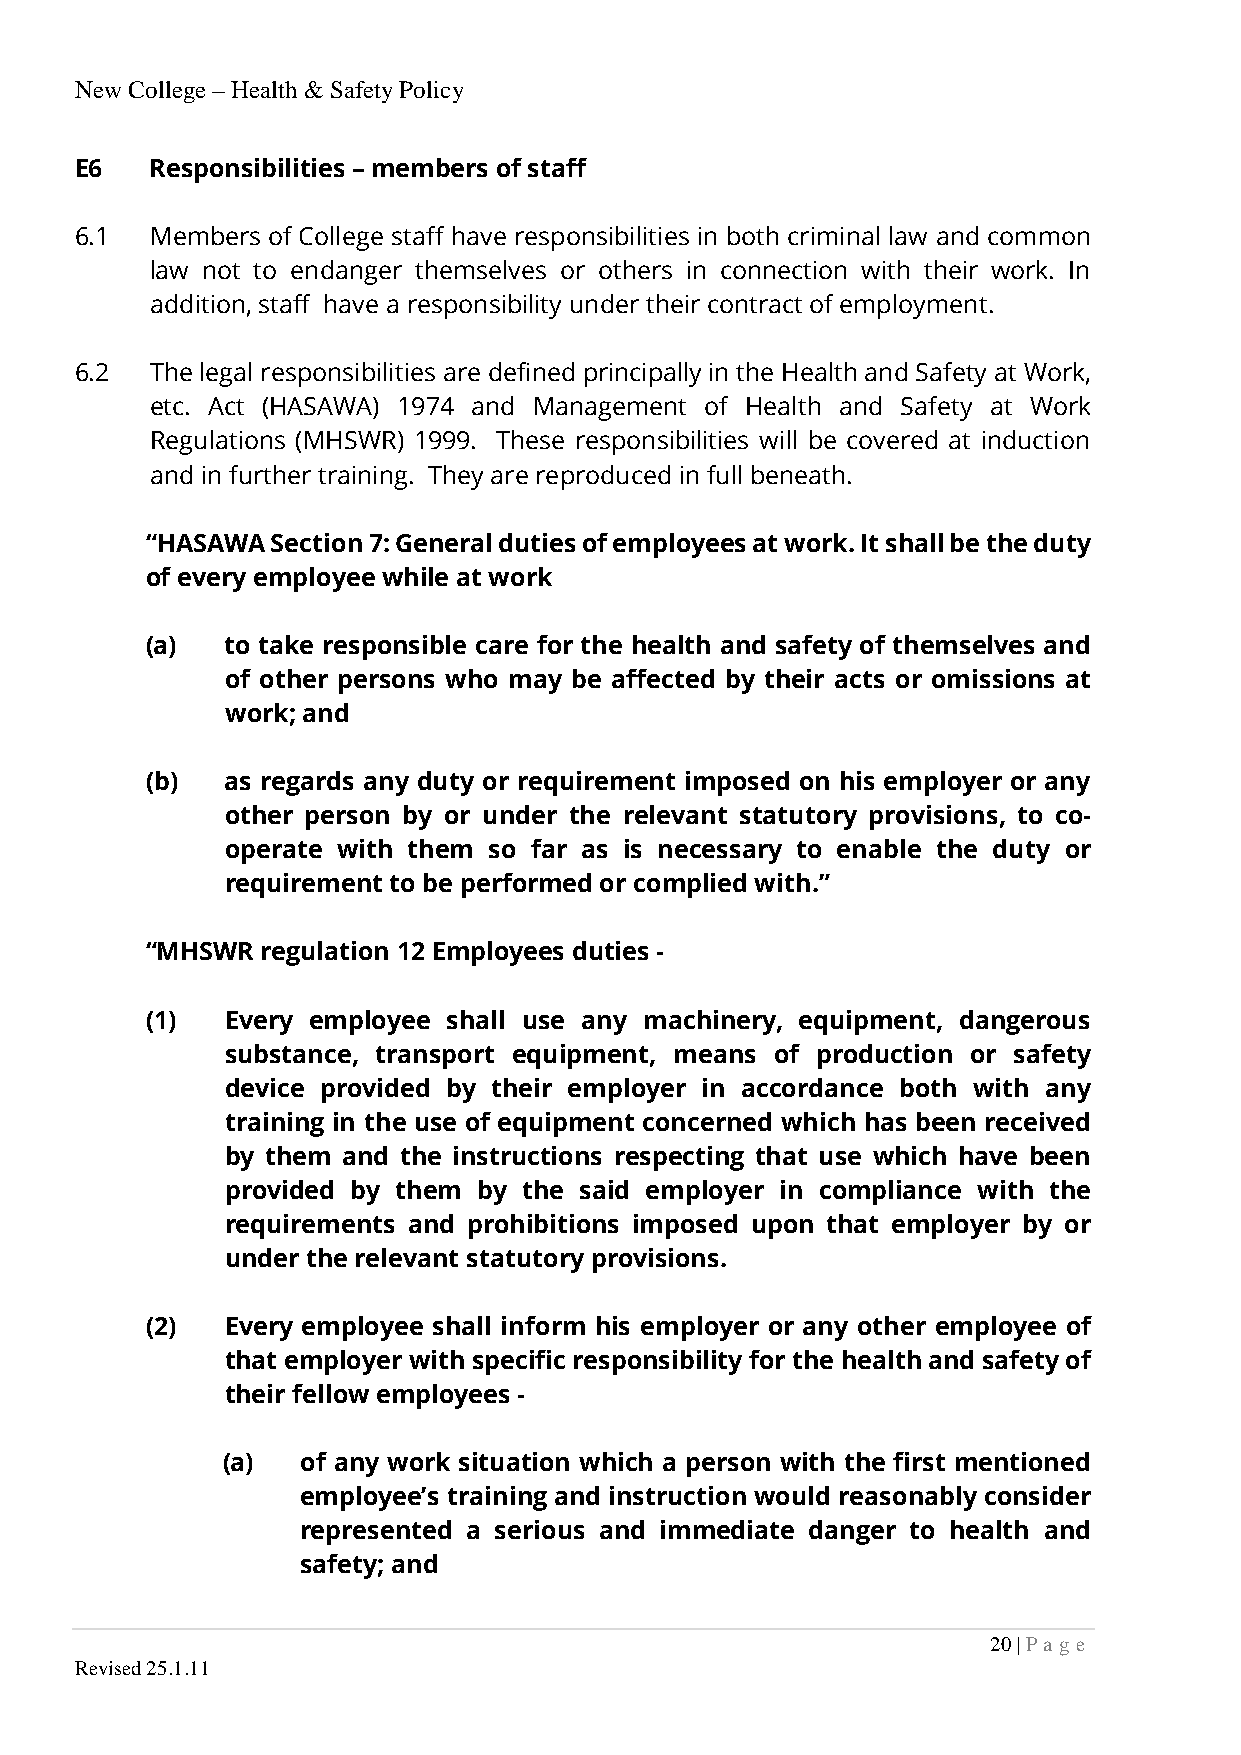
New College – Health & Safety Policy
 E6   Responsibilities – members of staff
 6.1  Members of College staff have responsibilities in both criminal law and common
 law not to endanger themselves or others in connection with their work. In
 addition, staff have a responsibility under their contract of employment.
 6.2  The legal responsibilities are defined principally in the Health and Safety at Work,
 etc. Act (HASAWA) 1974 and Management of Health and Safety at Work
 Regulations (MHSWR) 1999. These responsibilities will be covered at induction
 and in further training. They are reproduced in full beneath.
 “HASAWA Section 7: General duties of employees at work. It shall be the duty
 of every employee while at work
 (a)  to take responsible care for the health and safety of themselves and
 of other persons who may be affected by their acts or omissions at
 work; and
 (b)  as regards any duty or requirement imposed on his employer or any
 other person by or under the relevant statutory provisions, to co-
 operate with them so far as is necessary to enable the duty or
 requirement to be performed or complied with.”
 “MHSWR regulation 12 Employees duties -
 (1)  Every employee shall use any machinery, equipment, dangerous
 substance, transport equipment, means of production or safety
 device provided by their employer in accordance both with any
 training in the use of equipment concerned which has been received
 by them and the instructions respecting that use which have been
 provided by them by the said employer in compliance with the
 requirements and prohibitions imposed upon that employer by or
 under the relevant statutory provisions.
 (2)  Every employee shall inform his employer or any other employee of
 that employer with specific responsibility for the health and safety of
 their fellow employees -
 (a)  of any work situation which a person with the first mentioned
 employee’s training and instruction would reasonably consider
 represented a serious and immediate danger to health and
 safety; and
 20 | P a ge
 Revised 25.1.11